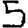
Digit: 5